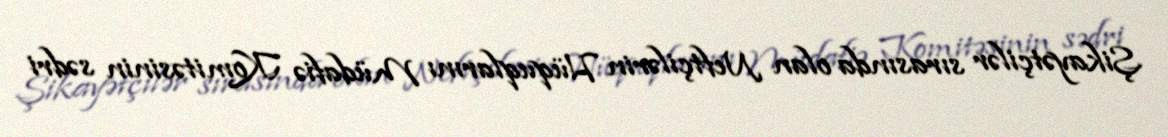
Şikayətçilər sırasında olan Neftçilərin Hüquqlarını Müdafiə Komitəsinin sədri